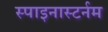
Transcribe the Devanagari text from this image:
स्पाइनास्टर्नम